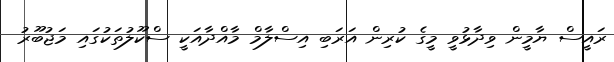
ރައީސް ޔާމީން ވިދާޅުވީ މީގެ ކުރިން އަރަބި އިސްލާމް މާއްދާއަކީ ސްކޫލުތަކުގައި މަޖުބޫރު